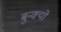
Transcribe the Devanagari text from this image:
बुन्क्यो